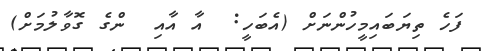
ފަހެ ތިޔަބައިމީހުންނަށް (އެބަހީ:  އާ އާއި  ންގެ ގޮވާލުމަށް)